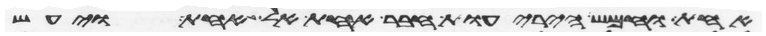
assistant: אחת וחמש היריעות חבר אחת אל אחת ויעש